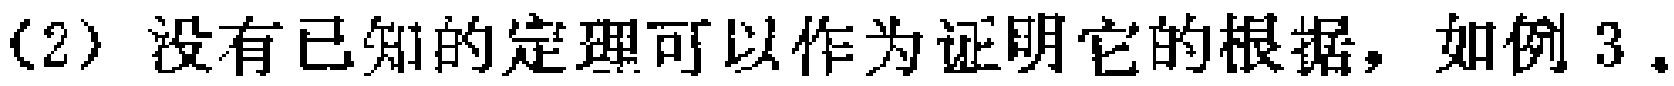
(2) 没有已知的定理可以作为证明它的根据，如例 3。